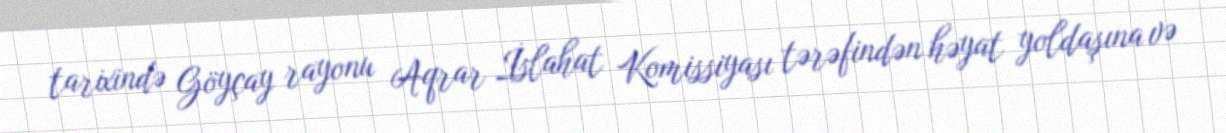
tarixində Göyçay rayonu Aqrar İslahat Komissiyası tərəfindən həyat yoldaşına və